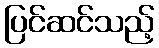
ပြင်ဆင်သည့်